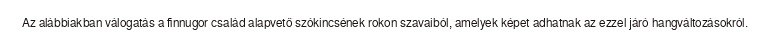
Az alábbiakban válogatás a finnugor család alapvető szókincsének rokon szavaiból, amelyek képet adhatnak az ezzel járó hangváltozásokról.